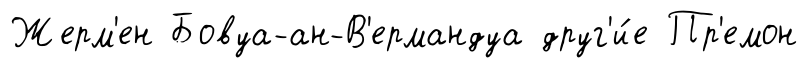
Жерм'ен Бовуа-ан-В'ермандуа друг'и́е Пр'емон